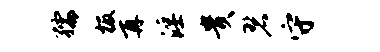
孺板再淫贵碧守